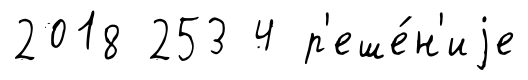
2018 253 4 р'еше́н'иjе